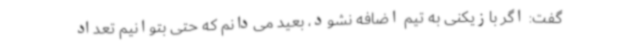
گفت: اگر بازیکنی به تیم اضافه نشود، بعید می‌دانم که حتی بتوانیم تعداد